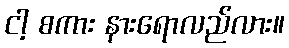
ငါ့ စကား နားရောလည်လား။